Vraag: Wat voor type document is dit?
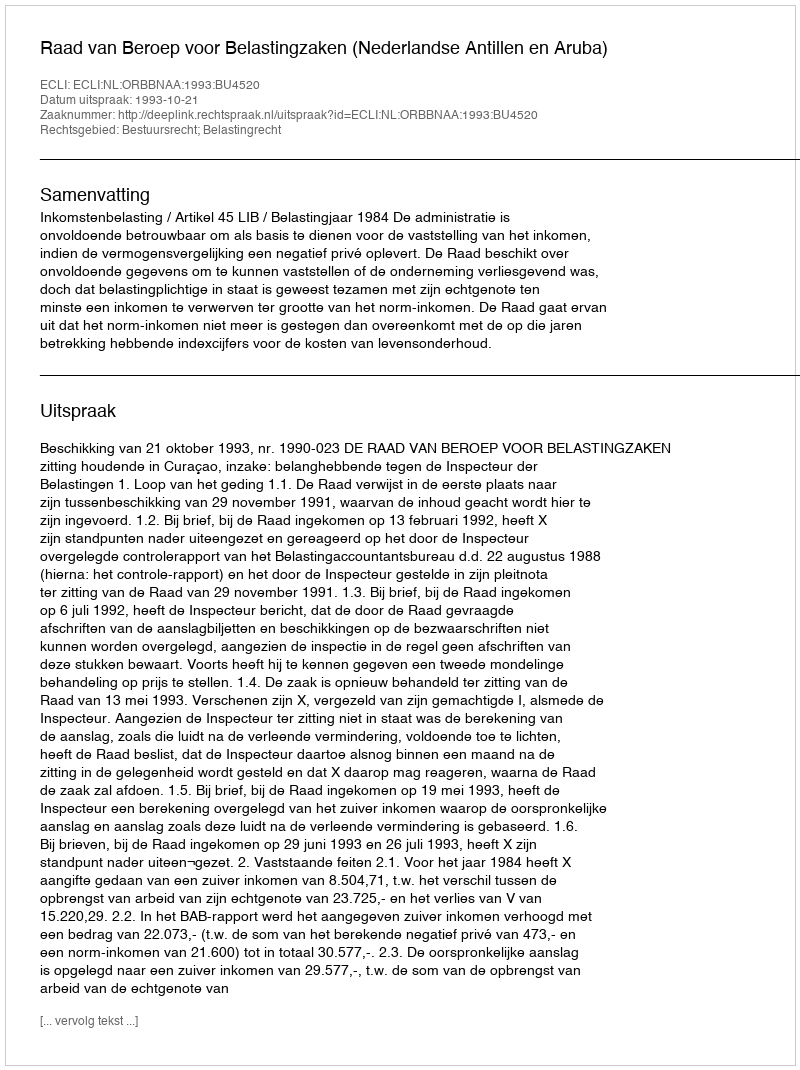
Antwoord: Uitspraak